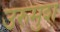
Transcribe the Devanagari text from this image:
उरुमुश